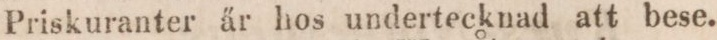
Priskuranter är hos undertecknad att bese.